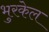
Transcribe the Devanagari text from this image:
भुरकेल